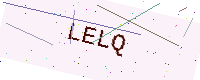
Text: LELQ